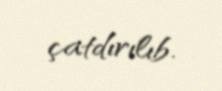
çatdırılıb.